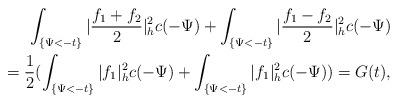
LaTeX: \begin{align*}\int_{\{\Psi<-t\}}|\frac{f_1+f_2}{2}|^2_hc(-\Psi)+\int_{\{\Psi<-t\}}|\frac{f_1-f_2}{2}|^2_hc(-\Psi)\\=\frac{1}{2}(\int_{\{\Psi<-t\}}|f_1|^2_hc(-\Psi)+\int_{\{\Psi<-t\}}|f_1|^2_hc(-\Psi))=G(t),\end{align*}